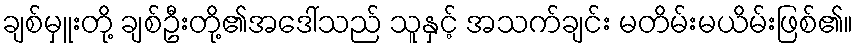
ချစ်မှူးတို့ ချစ်ဦးတို့၏အဒေါ်သည် သူနှင့် အသက်ချင်း မတိမ်းမယိမ်းဖြစ်၏။